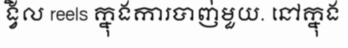
ង្វិល reels ក្នុងការបាញ់មួយ. នៅក្នុង